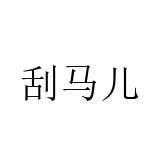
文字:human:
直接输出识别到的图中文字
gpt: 刮马儿